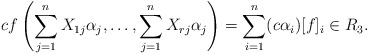
\begin{align*}cf \left( \sum_{j=1}^n X_{1j} \alpha_j, \ldots,\sum_{j=1}^n X_{rj} \alpha_j \right) = \sum_{i=1}^n (c \alpha_i) [f]_i \in R_3.\end{align*}